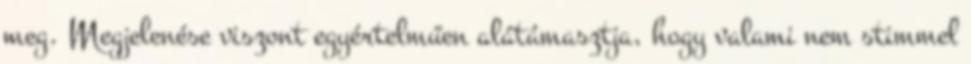
meg. Megjelenése viszont egyértelműen alátámasztja, hogy valami nem stimmel